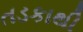
તડકાથી